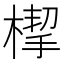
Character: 㮮